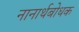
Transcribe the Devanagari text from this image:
नानार्थबोधक